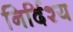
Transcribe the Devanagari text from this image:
निर्दिश्य